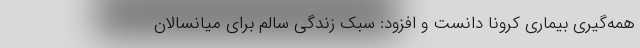
همه‌گیری بیماری کرونا دانست و افزود: سبک زندگی سالم برای میانسالان